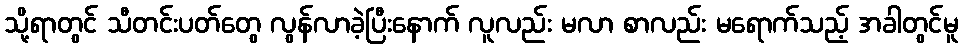
သို့ရာတွင် သီတင်းပတ်တွေ လွန်လာခဲ့ပြီးနောက် လူလည်း မလာ စာလည်း မရောက်သည့် အခါတွင်မူ